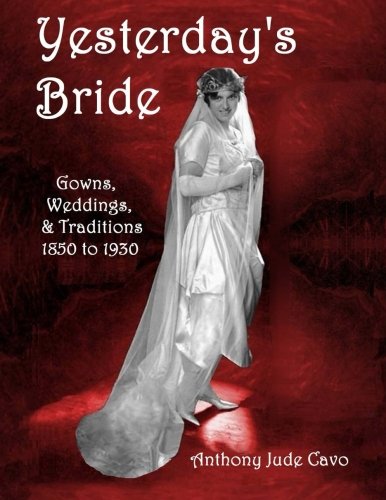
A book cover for Yesterday's Bride: Gowns, Weddings, & Traditions 1850 to 1930 (Yesterday's World) (Volume 1); Anthony Jude Cavo; Crafts, Hobbies & Home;